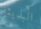
البذيئة